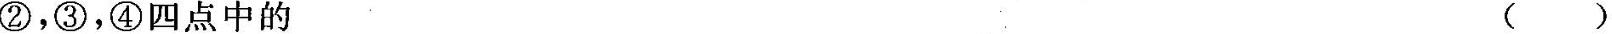
②，③，④四点中的( )